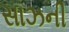
સાઝની